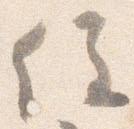
住